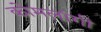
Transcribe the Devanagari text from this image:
कोमलांगी